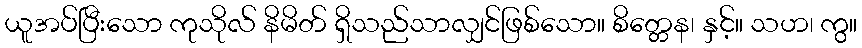
ယူအပ်ပြီးသော ကုသိုလ် နိမိတ် ရှိသည်သာလျှင်ဖြစ်သော။ စိတ္တေန၊ နှင့်။ သဟ၊ ကွ။